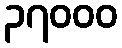
၃၇၀၀၀